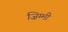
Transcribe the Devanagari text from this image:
ज़िम्मी